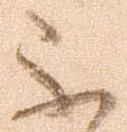
不